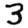
Digit: 3